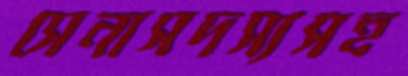
সেনাসদস্যসহ